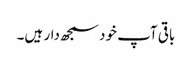
باقی آپ خود سمجھ دار ہیں۔